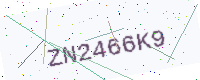
Text: ZN2466K9